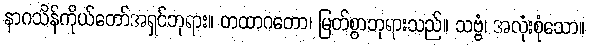
နာဂသိန်ကိုယ်တော်အရှင်ဘုရား။ တထာဂတော၊ မြတ်စွာဘုရားသည်။ သဗ္ဗံ၊ အလုံးစုံသော။